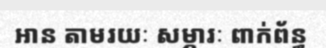
អាន តាមរយៈ សម្ភារៈ ពាក់ព័ន្ធ